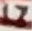
Text: 17